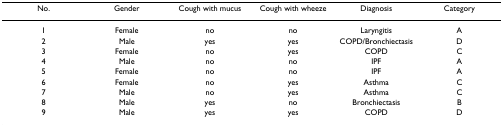
<table><thead><tr><td><b>No.</b></td><td><b>Gender</b></td><td><b>Cough with mucus</b></td><td><b>Cough with wheeze</b></td><td><b>Diagnosis</b></td><td><b>Category</b></td></tr></thead><tbody><tr><td>1</td><td>Female</td><td>no</td><td>no</td><td>Laryngitis</td><td>A</td></tr><tr><td>2</td><td>Male</td><td>yes</td><td>yes</td><td>COPD/Bronchiectasis</td><td>D</td></tr><tr><td>3</td><td>Female</td><td>no</td><td>yes</td><td>COPD</td><td>C</td></tr><tr><td>4</td><td>Male</td><td>no</td><td>no</td><td>IPF</td><td>A</td></tr><tr><td>5</td><td>Female</td><td>no</td><td>no</td><td>IPF</td><td>A</td></tr><tr><td>6</td><td>Female</td><td>no</td><td>yes</td><td>Asthma</td><td>C</td></tr><tr><td>7</td><td>Male</td><td>no</td><td>yes</td><td>Asthma</td><td>C</td></tr><tr><td>8</td><td>Male</td><td>yes</td><td>no</td><td>Bronchiectasis</td><td>B</td></tr><tr><td>9</td><td>Male</td><td>yes</td><td>yes</td><td>COPD</td><td>D</td></tr></tbody></table>